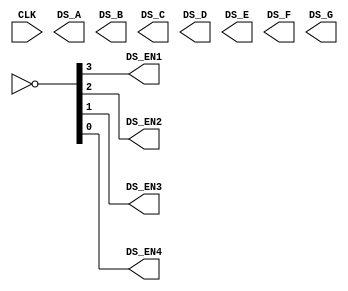
module top(
    input CLK,

    output DS_EN1, DS_EN2, DS_EN3, DS_EN4,
    output DS_A, DS_B, DS_C, DS_D, DS_E, DS_F, DS_G
);

wire [3:0]anodes;
assign {DS_EN1, DS_EN2, DS_EN3, DS_EN4} = ~anodes;

wire [6:0]segments;
assign {DS_A, DS_B, DS_C, DS_D, DS_E, DS_F, DS_G} = segments;

wire [15:0]data; /* Data bus */
wire clk1, clk2; /* Clocks */

/*
*   Instantiate hex display driver, 16-bit counter and two clock dividers here
*/

endmodule